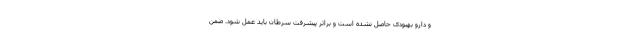
و دارو بهبودی حاصل نشده است و براثر پیشرفت سرطان باید عمل شود. ضمن